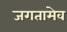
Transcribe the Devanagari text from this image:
जगतामेव